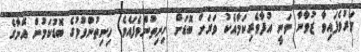
މަރުވެފައިވާ ޒުވާނާ ވަނީ އުފާވެރިކަމާއެކު ވަރަށް ބޮޑަށް ހިނިތުންވެފައެވެ. ހިނިތުންވުމުގެ ބޮޑުކަމުން އޭނާގެ